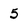
Character: 5